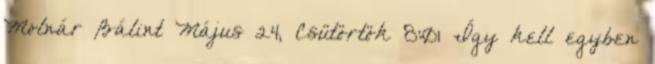
Molnár Bálint Május 24, Csütörtök 8:01 Így kell egyben